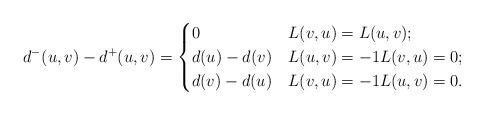
LaTeX: \begin{align*}d^-(u,v) - d^+(u,v) = \begin{cases} 0 & L(v,u) = L(u,v); \\d(u)-d(v) & L(u,v) = -1 L(v,u)=0; \\d(v)-d(u) & L(v,u) = -1 L(u,v)=0.\\\end{cases} \end{align*}